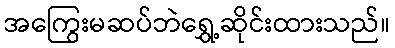
အကြွေးမဆပ်ဘဲရွှေ့ဆိုင်းထားသည်။